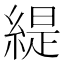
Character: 緹